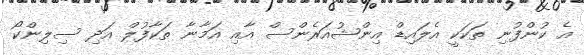
އެ ކުންފުނި ތަކަކީ އެލައިޑް އިންޝުއަރެންސް އާއި އަމާނާ ތަކާފުލް އަދި ސިލިންކޯ